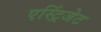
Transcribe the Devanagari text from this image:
एस्ट्रिंजेट